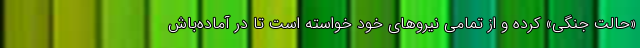
«حالت جنگی» کرده و از تمامی نیروهای خود خواسته است تا در آماده‌باش